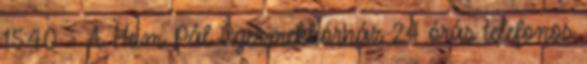
15:40 - A Heim Pál Gyermekkórház 24 órás telefonos